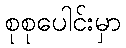
စုစုပေါင်းမှာ